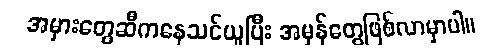
အမှားတွေဆီကနေသင်ယူပြီး အမှန်တွေဖြစ်လာမှာပါ။